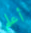
أعلم